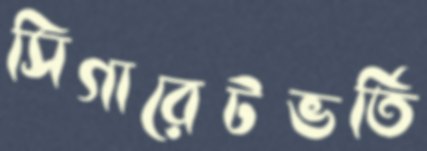
সিগারেটভর্তি